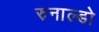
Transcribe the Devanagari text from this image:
रुनाल्डो